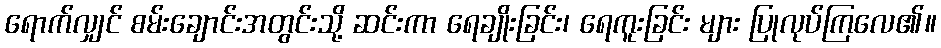
ရောက်လျှင် စမ်းချောင်းအတွင်းသို့ ဆင်းကာ ရေချိုးခြင်း၊ ရေကူးခြင်း များ ပြုလုပ်ကြလေ၏။